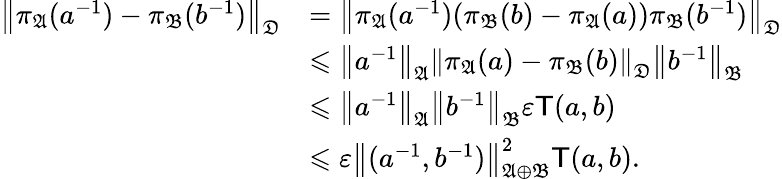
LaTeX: \begin{array}{rl}{\left\| {\pi_{\mathfrak{A}}(a^{-1})-\pi_{\mathfrak{B}}(b^{-1})}\right\| _{{\mathfrak{D}}}}&{=\left\| {\pi_{\mathfrak{A}}(a^{-1})(\pi_{\mathfrak{B}}(b)-\pi_{\mathfrak{A}}(a))\pi_{\mathfrak{B}}(b^{-1})}\right\| _{{\mathfrak{D}}}}\\ &{\leqslant\left\| {a^{-1}}\right\| _{{\mathfrak{A}}}\left\| {\pi_{\mathfrak{A}}(a)-\pi_{\mathfrak{B}}(b)}\right\| _{{\mathfrak{D}}}\left\| {b^{-1}}\right\| _{{\mathfrak{B}}}}\\ &{\leqslant\left\| {a^{-1}}\right\| _{{\mathfrak{A}}}\left\| {b^{-1}}\right\| _{{\mathfrak{B}}}\varepsilon{\mathsf{T}}(a,b)}\\ &{\leqslant\varepsilon\left\| {(a^{-1},b^{-1})}\right\| _{{\mathfrak{A}}\oplus{\mathfrak{B}}}^{2}{\mathsf{T}}(a,b)\mathrm{.}}\end{array}